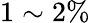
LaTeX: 1\sim 2\%